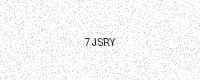
Text: 7JSRY